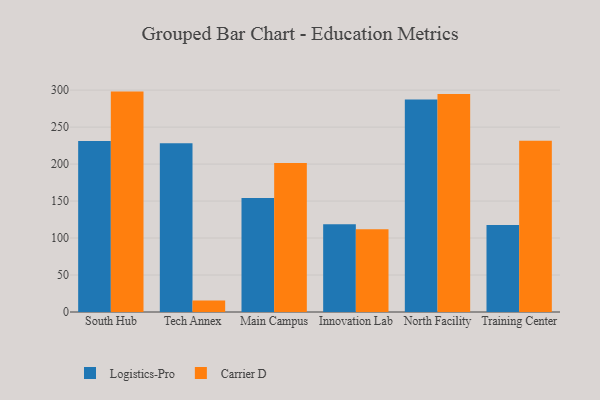
{"axis": {"x": "Campus", "y": "Headcount"}, "legend": ["Carrier D", "Logistics-Pro"], "data": [{"x": "South Hub", "y": 231.2, "type": "Logistics-Pro"}, {"x": "South Hub", "y": 298.0, "type": "Carrier D"}, {"x": "Tech Annex", "y": 228.1, "type": "Logistics-Pro"}, {"x": "Tech Annex", "y": 15.7, "type": "Carrier D"}, {"x": "Main Campus", "y": 154.0, "type": "Logistics-Pro"}, {"x": "Main Campus", "y": 201.6, "type": "Carrier D"}, {"x": "Innovation Lab", "y": 118.6, "type": "Logistics-Pro"}, {"x": "Innovation Lab", "y": 111.8, "type": "Carrier D"}, {"x": "North Facility", "y": 287.4, "type": "Logistics-Pro"}, {"x": "North Facility", "y": 294.9, "type": "Carrier D"}, {"x": "Training Center", "y": 117.6, "type": "Logistics-Pro"}, {"x": "Training Center", "y": 231.6, "type": "Carrier D"}]}